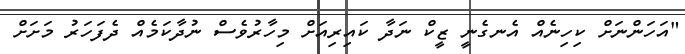
"އަހަންނަށް ކިހިނެއް އެނގެނީ ޒީކް ނަދާ ކައިރިއަށް މިހާރުވެސް ނުދާކަމެއް ދެފަހަރު މަށަށް